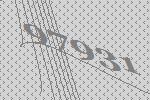
97931